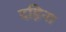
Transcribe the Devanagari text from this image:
दहिना